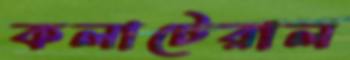
কলাটেরাল